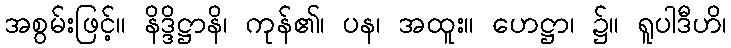
အစွမ်းဖြင့်။ နိဒ္ဒိဋ္ဌာနိ၊ ကုန်၏၊ ပန၊ အထူး။ ဟေဋ္ဌာ၊ ၌။ ရူပါဒီဟိ၊